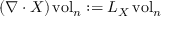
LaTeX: ( \nabla \cdot X ) \operatorname { v o l } _ { n } : = L _ { X } \operatorname { v o l } _ { n }